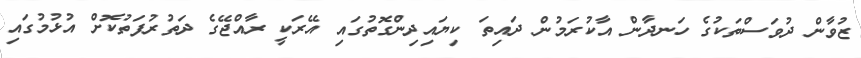
ޒުވާން ދުވަސްތަކުގެ ހަނދާން އާކުރަމުން ދައިތަ ކިޔައިދިންގޮތުގައި އޭރަކީ ރާއްޖޭގެ ދަތުރުފަތުކޮށް އުޅުމުގައި